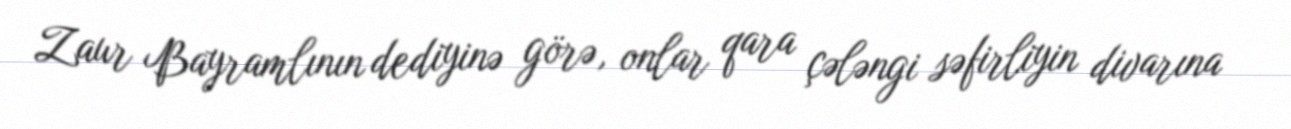
Zaur Bayramlının dediyinə görə, onlar qara çələngi səfirliyin divarına